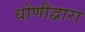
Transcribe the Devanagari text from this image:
धोणीद्वारा